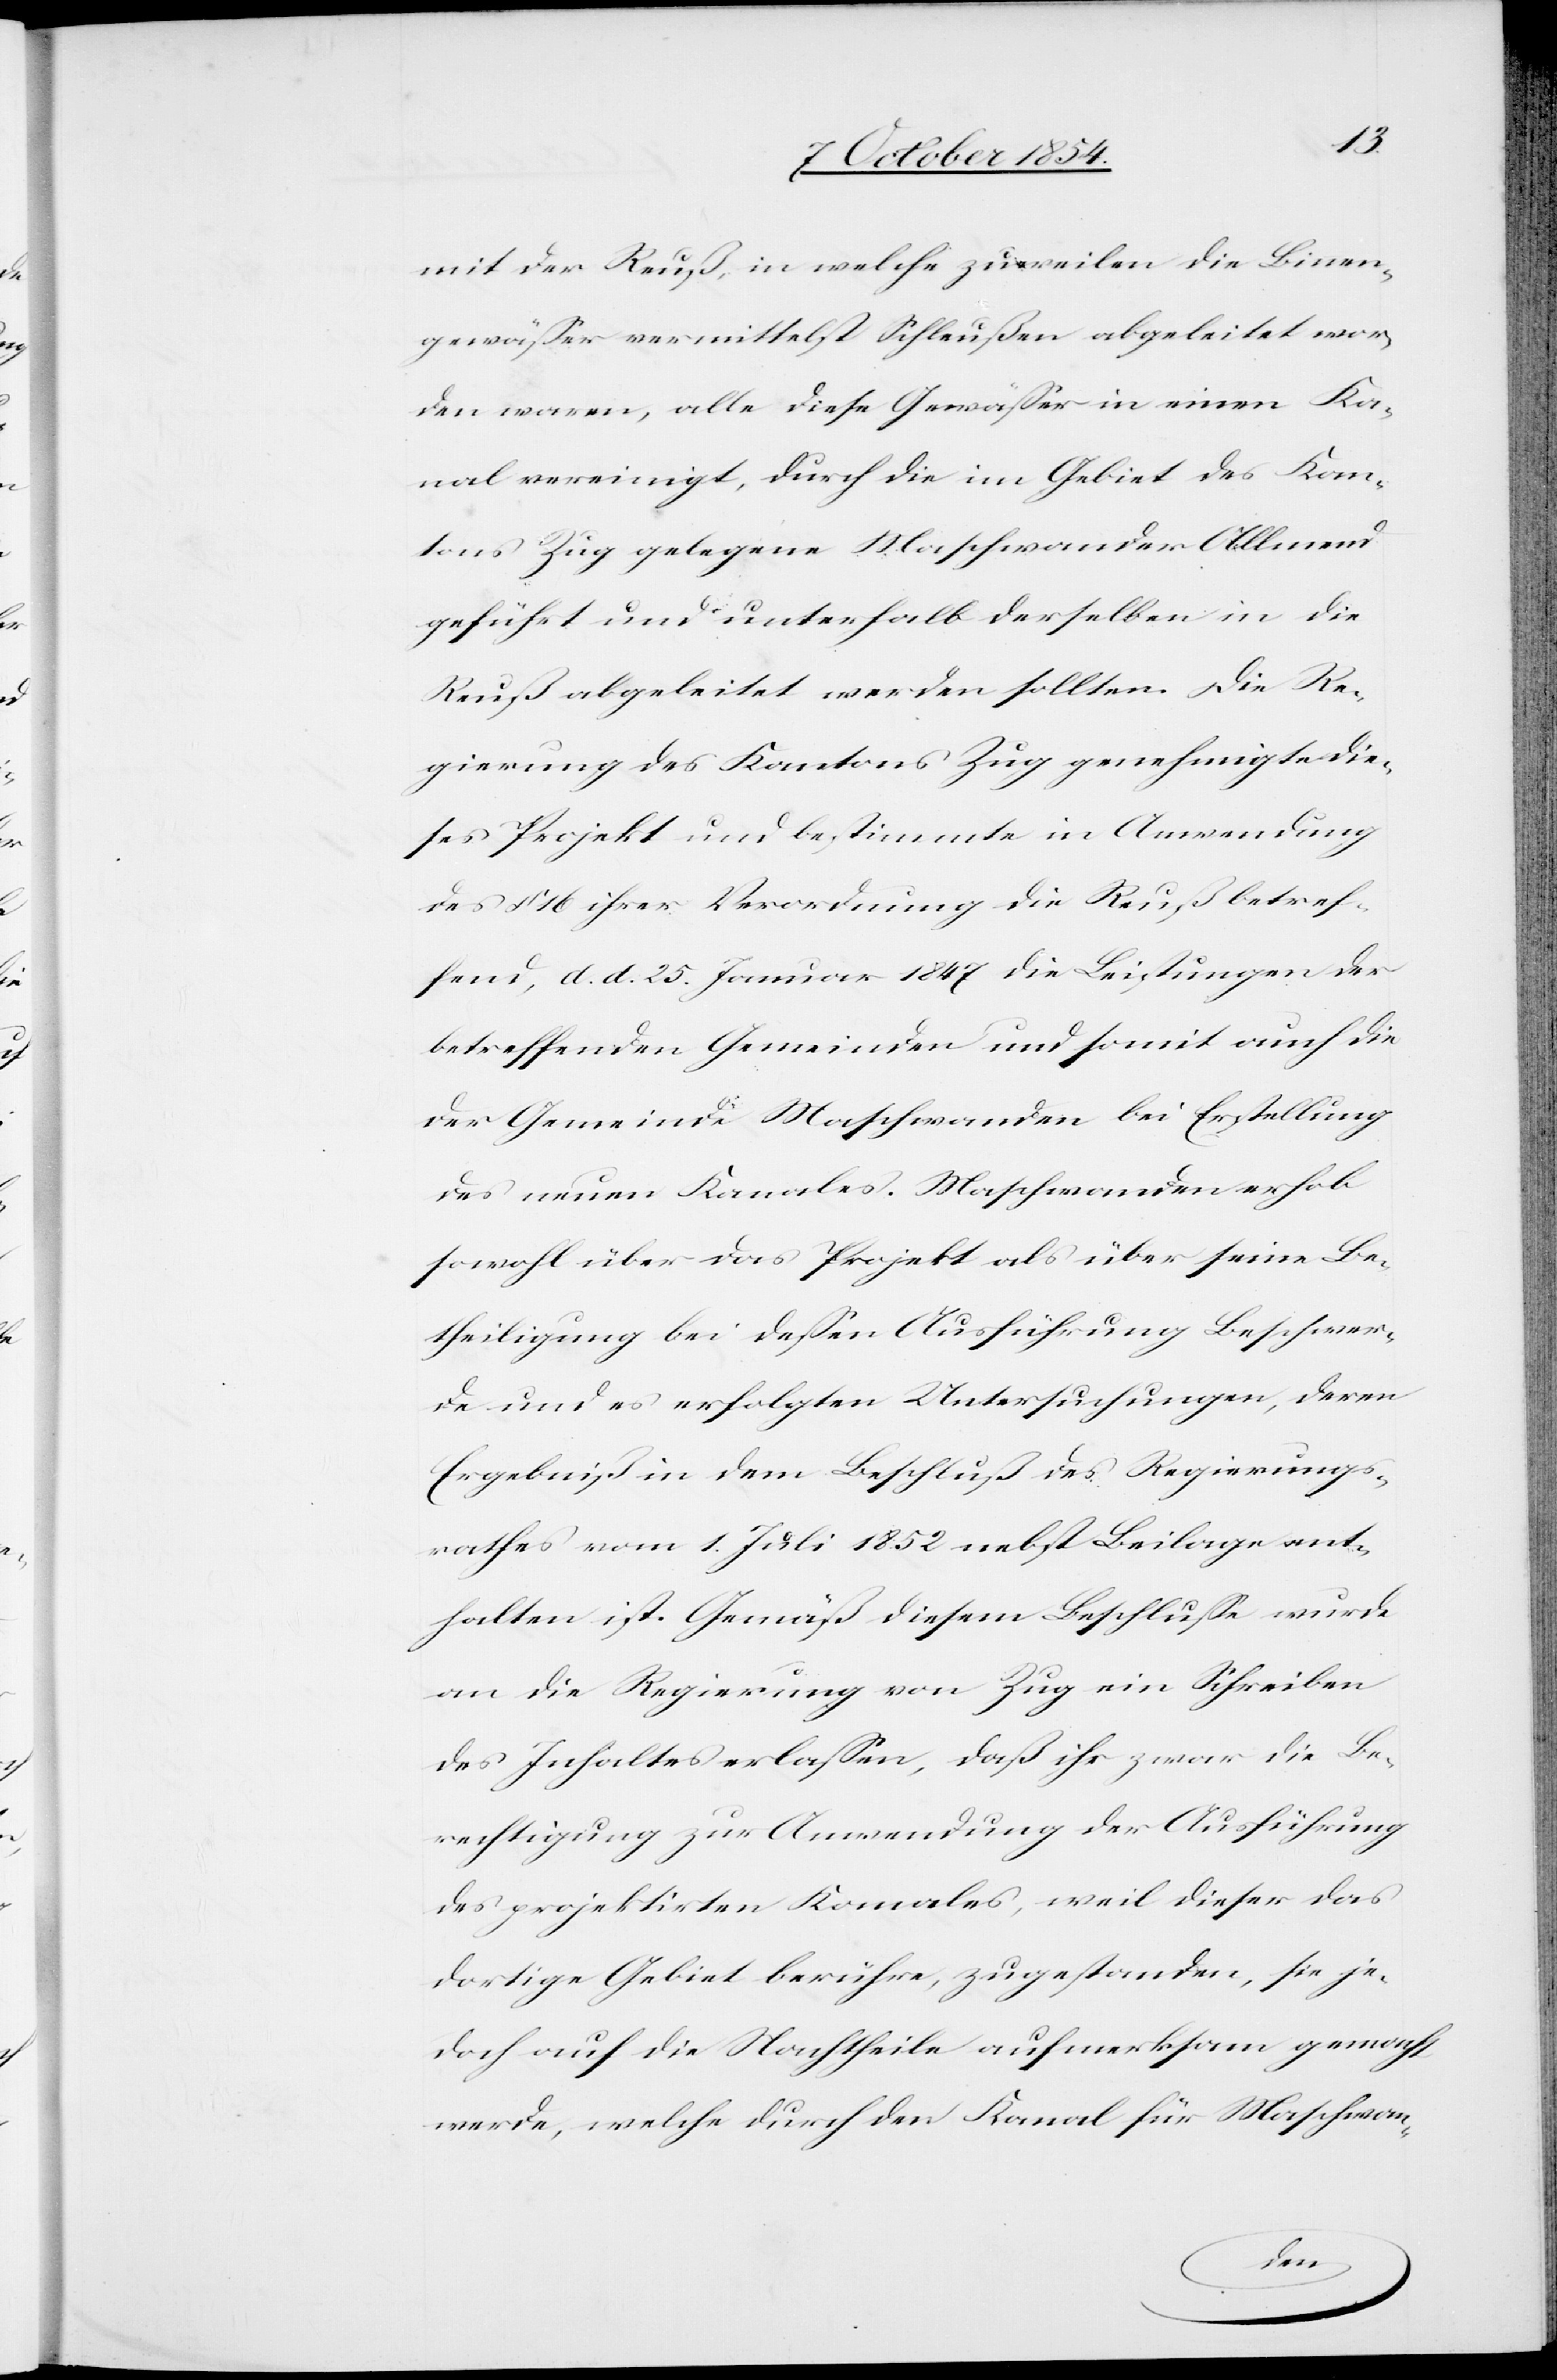
mit der Reuß, in welche zuweilen die Binnen¬
gewäßer vermittelst Schleußen in einen Ka¬
nal vereinigt, durch die im Gebiet des Kan¬
tons Zug gelegene Maschwandener Allmend
geführt und unterhalb derselben in die
Reuß abgeleitet werden sollten. Die Re¬
gierung des Kantons Zug genehmigte die¬
ses Projekt und bestimmte in Anwendung
des § 16 ihrer Verordnung die Reuß betref¬
fend, d. d. 25. Januar 1847 die Leistungen der
betreffenden Gemeinden und somit auch die
der Gemeinde Maschwanden bei Erstellung
des neuen Kanales. Maschwanden erhob
sowohl über das Projekt als über seine Be¬
theiligung bei deßen Ausführung Beschwer¬
de und es erfolgten Untersuchungen, deren
Ergebniß in dem Beschluß des Regierungs¬
rathes vom 1. Juli 1852 nebst Beilage ent¬
halten ist. Gemäß diesem Beschluße wurde
an die Regierung von Zug ein Schreiben
des Inhaltes erlaßen, daß ihr zwar die Be¬
rechtigung zur Anwendung der Ausführung
des projektirten Kanales, weil dieser das
dortige Gebiet berühre, zugestanden, sie je¬
doch auf die Nachtheile aufmerksam gemacht
werde, welche durch den Kanal für Maschwan-